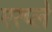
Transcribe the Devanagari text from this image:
एरप्ले